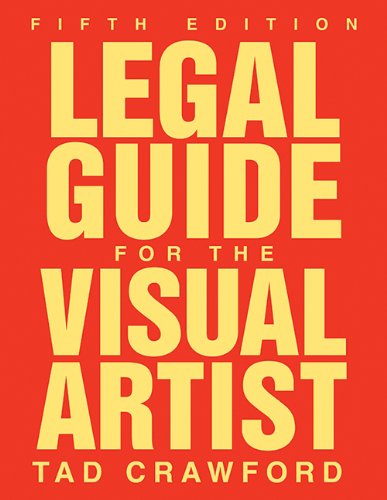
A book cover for Legal Guide for the Visual Artist; Tad Crawford; Arts & Photography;